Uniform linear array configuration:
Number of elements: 24
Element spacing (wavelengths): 1
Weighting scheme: blackman
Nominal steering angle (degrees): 30
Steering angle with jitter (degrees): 31.063
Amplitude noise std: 0.05
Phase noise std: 0.05

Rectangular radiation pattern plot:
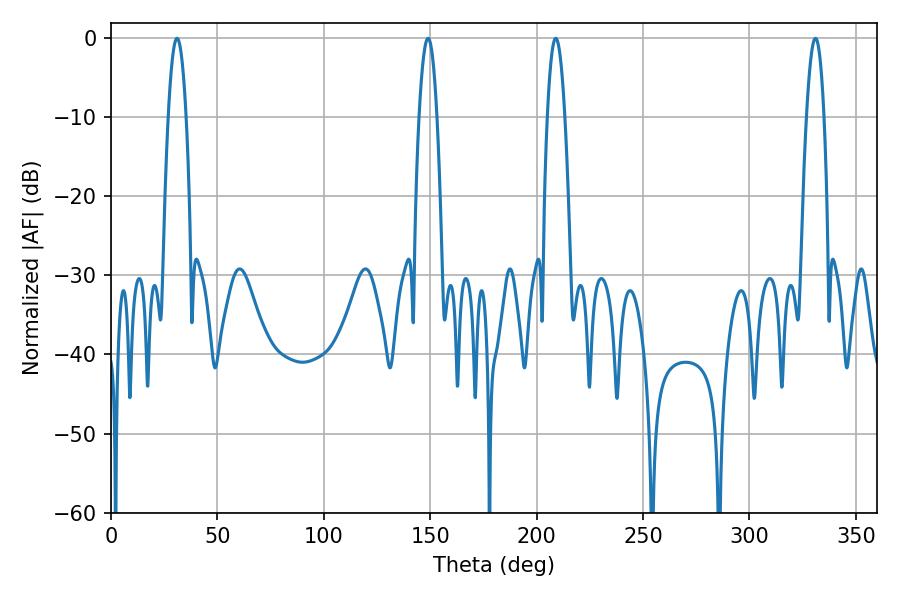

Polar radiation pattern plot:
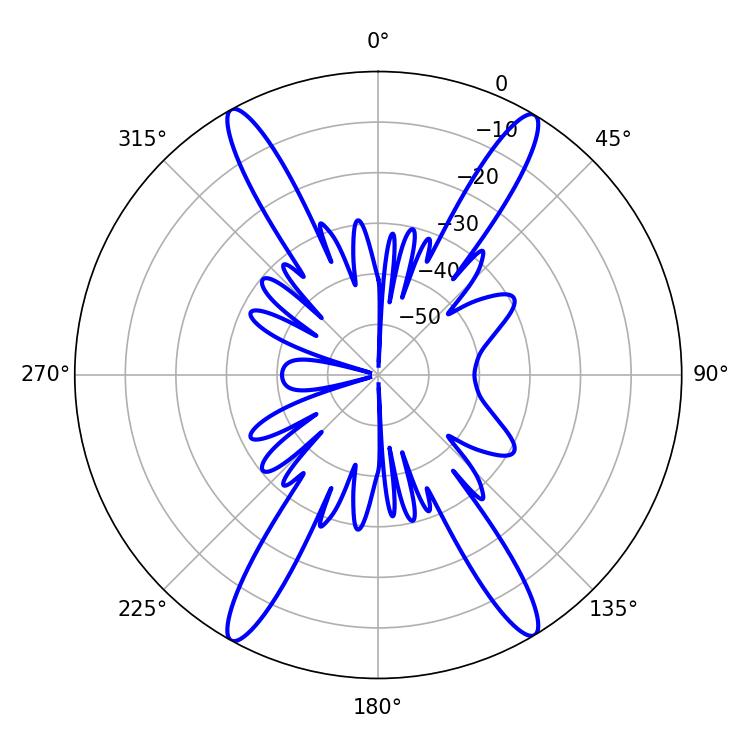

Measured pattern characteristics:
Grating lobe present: TRUE
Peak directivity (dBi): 24.486
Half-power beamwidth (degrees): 4.5
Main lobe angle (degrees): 208.98